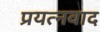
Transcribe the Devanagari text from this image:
प्रयत्नवाद